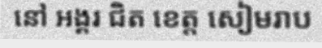
នៅ អង្គរ ជិត ខេត្ត សៀមរាប